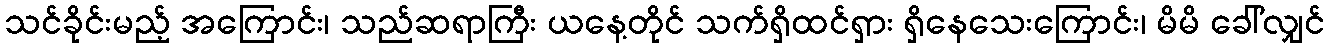
သင်ခိုင်းမည့် အကြောင်း၊ သည်ဆရာကြီး ယနေ့တိုင် သက်ရှိထင်ရှား ရှိနေသေးကြောင်း၊ မိမိ ခေါ်လျှင်